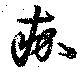
痂